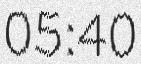
05:40